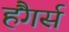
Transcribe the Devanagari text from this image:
हैंगर्स